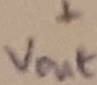
Text: +Vout